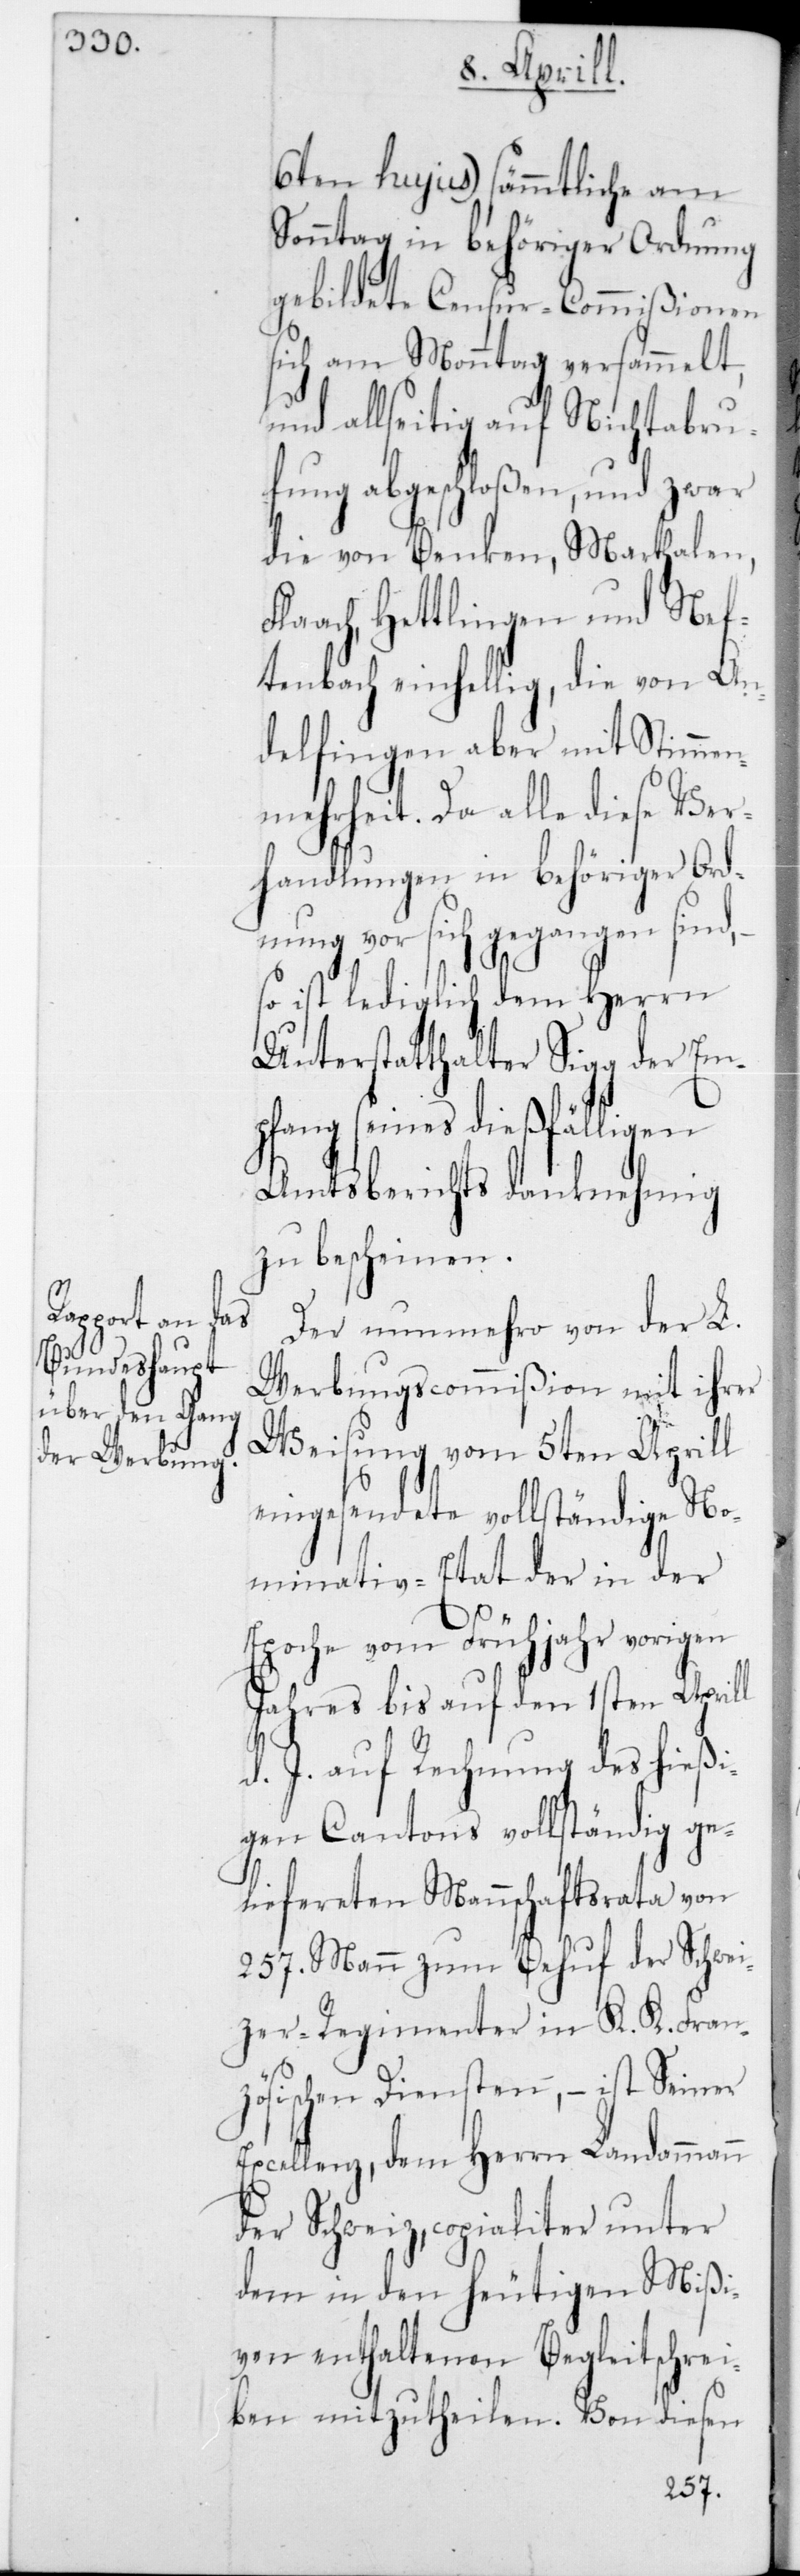
ion mit ihrer
ständige No¬

ten Aprill
6ten hujus) sämmtliche am
Sonntag in behöriger Ordnung
gebildete Censur-Co¬
ßionen
sich am Monntag ve¬
melt,
und allseitig auf N¬
der
fung abgeschloßen, und zwar
hale¬
die von Benken, Ma¬
in
Flaach, Hettlingen
Em¬
tenbach einhellig, die
delfingen aber mit
Schwe¬
enmehrheit. Da alle
er Ord¬
handlungen in behö¬
nung vor sich gegan¬
o ist lediglich dem H¬
Unterstatthalter Si¬
pfang seines dießfälli¬
Amtsberichts dankn¬
zu bescheinen.
Der nunmehro von
Werbungscommiß¬
L.
Weisung vom 5te¬
eingesendete voll¬
minativ-Etat der
igen
Epoche vom Frühjahr
rata
Jahres bis auf den 1s¬
d. J. auf Rechnung d¬
ge¬
gen Cantons volls¬
von
liefereten Mannschafts¬
s¬
257 Mann zum Behuf
izer Regimenter in k. k. Fran¬
zösischen Diensten, – ist Seiner
Excellenz, dem Herrn Landammann
der Schweiz, copialiter unter
dem in den heutigen Mißi¬
ven enthaltenen Begleitschrei¬
ben mitzutheilen. Von diesen